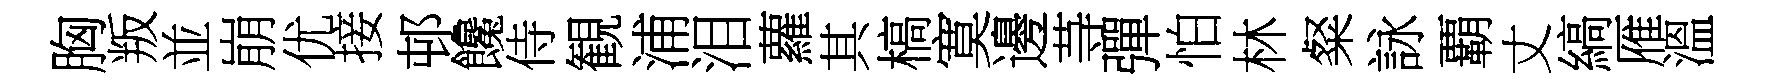
胸叛並崩优接邨饞侍観浦泪蘿其槁寞邊䒭彈怕林粲詠覇丈縞雁溫